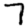
Digit: 7